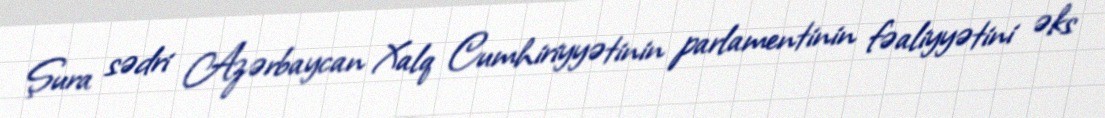
Şura sədri Azərbaycan Xalq Cumhiriyyətinin parlamentinin fəaliyyətini əks